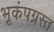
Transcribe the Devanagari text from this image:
भूकंपग्रस्त